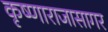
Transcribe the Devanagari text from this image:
कृष्णाराजासागर